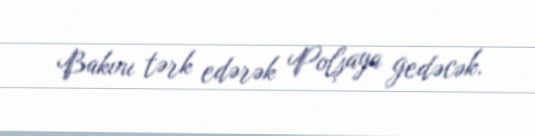
Bakını tərk edərək Polşaya gedəcək.